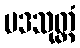
ပဒသုတ္တံ